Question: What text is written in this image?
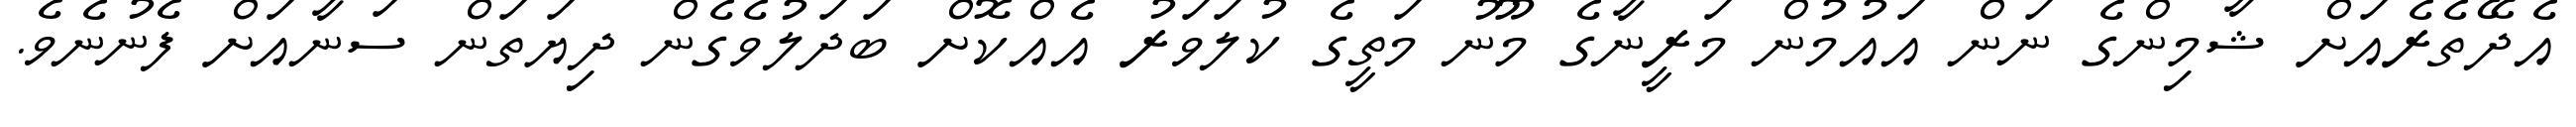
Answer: އެދޭތެރެއަށް ޝާމިންގެ ނަން އައުމުން މަރީނާގެ މޫނު މަތީގެ ކުލަވަރު އެއްކޮށް ބަދަލުވެގެން ދިޔަތަން ސަނާއަށް ފެނުނެވެ.